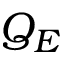
Q _ { E }